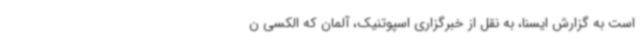
است به گزارش ایسنا، به نقل از خبرگزاری اسپوتنیک، آلمان که الکسی ن